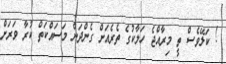
! ކަލޭވެސް ތީ މިރާއްޖެ ހަލާކުގެ ތެރެއަށް ގެންދަން މަސައްކަތް ކުރާ ވަރަށް